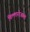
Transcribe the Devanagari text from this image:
विल्लाररेआल